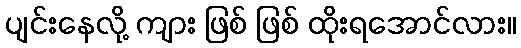
ပျင်းနေလို့ ကျား ဖြစ် ဖြစ် ထိုးရအောင်လား။